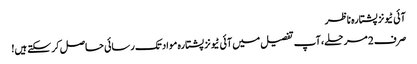
آئی ٹیونز پشتارہ ناظر
صرف 2 مرحلے، آپ تفصیل میں آئی ٹیونز پشتارہ مواد تک رسائی حاصل کر سکتے ہیں!